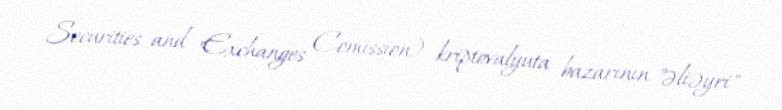
– Securities and Exchanges Comission) kriptovalyuta bazarının "əliəyri"